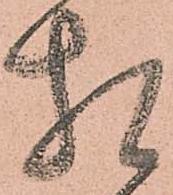
相